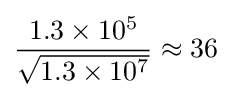
{\frac {1.3\times 10^{5}}{\sqrt {1.3\times 10^{7}}}}\approx 36